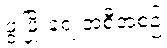
ဖွံ့ဖြိုးရေးအစီအစဉ်